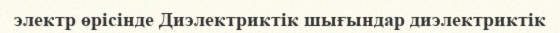
электр өрісінде Диэлектриктік шығындар диэлектриктік